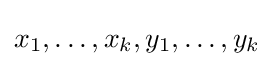
x_{1},\dots ,x_{k},y_{1},\dots ,y_{k}